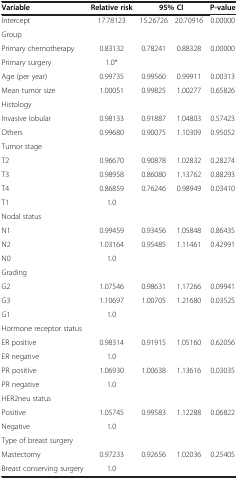
<table><thead><tr><td><b>Variable</b></td><td><b>Relative risk</b></td><td colspan="2"><b>95% CI</b></td><td><b>P-value</b></td></tr></thead><tbody><tr><td>Intercept</td><td>17.78123</td><td>15.26726</td><td>20.70916</td><td>0.00000</td></tr><tr><td>Group</td><td> </td><td> </td><td> </td><td> </td></tr><tr><td>Primary chemotherapy</td><td>0.83132</td><td>0.78241</td><td>0.88328</td><td>0.00000</td></tr><tr><td>Primary surgery</td><td>1.0*</td><td> </td><td> </td><td> </td></tr><tr><td>Age (per year)</td><td>0.99735</td><td>0.99560</td><td>0.99911</td><td>0.00313</td></tr><tr><td>Mean tumor size</td><td>1.00051</td><td>0.99825</td><td>1.00277</td><td>0.65826</td></tr><tr><td>Histology</td><td> </td><td> </td><td> </td><td> </td></tr><tr><td>Invasive lobular</td><td>0.98133</td><td>0.91887</td><td>1.04803</td><td>0.57423</td></tr><tr><td>Others</td><td>0.99680</td><td>0.90075</td><td>1.10309</td><td>0.95052</td></tr><tr><td>Tumor stage</td><td> </td><td> </td><td> </td><td> </td></tr><tr><td>T2</td><td>0.96670</td><td>0.90878</td><td>1.02832</td><td>0.28274</td></tr><tr><td>T3</td><td>0.98958</td><td>0.86080</td><td>1.13762</td><td>0.88293</td></tr><tr><td>T4</td><td>0.86859</td><td>0.76246</td><td>0.98949</td><td>0.03410</td></tr><tr><td>T1</td><td>1.0</td><td> </td><td> </td><td> </td></tr><tr><td>Nodal status</td><td> </td><td> </td><td> </td><td> </td></tr><tr><td>N1</td><td>0.99459</td><td>0.93456</td><td>1.05848</td><td>0.86435</td></tr><tr><td>N2</td><td>1.03164</td><td>0.95485</td><td>1.11461</td><td>0.42991</td></tr><tr><td>N0</td><td>1.0</td><td> </td><td> </td><td> </td></tr><tr><td>Grading</td><td> </td><td> </td><td> </td><td> </td></tr><tr><td>G2</td><td>1.07546</td><td>0.98631</td><td>1.17266</td><td>0.09941</td></tr><tr><td>G3</td><td>1.10697</td><td>1.00705</td><td>1.21680</td><td>0.03525</td></tr><tr><td>G1</td><td>1.0</td><td> </td><td> </td><td> </td></tr><tr><td>Hormone receptor status</td><td> </td><td> </td><td> </td><td> </td></tr><tr><td>ER positive</td><td>0.98314</td><td>0.91915</td><td>1.05160</td><td>0.62056</td></tr><tr><td>ER negative</td><td>1.0</td><td> </td><td> </td><td> </td></tr><tr><td>PR positive</td><td>1.06930</td><td>1.00638</td><td>1.13616</td><td>0.03035</td></tr><tr><td>PR negative</td><td>1.0</td><td> </td><td> </td><td> </td></tr><tr><td>HER2neu status</td><td> </td><td> </td><td> </td><td> </td></tr><tr><td>Positive</td><td>1.05745</td><td>0.99583</td><td>1.12288</td><td>0.06822</td></tr><tr><td>Negative</td><td>1.0</td><td> </td><td> </td><td> </td></tr><tr><td>Type of breast surgery</td><td> </td><td> </td><td> </td><td> </td></tr><tr><td>Mastectomy</td><td>0.97233</td><td>0.92656</td><td>1.02036</td><td>0.25405</td></tr><tr><td>Breast conserving surgery</td><td>1.0</td><td> </td><td> </td><td> </td></tr></tbody></table>